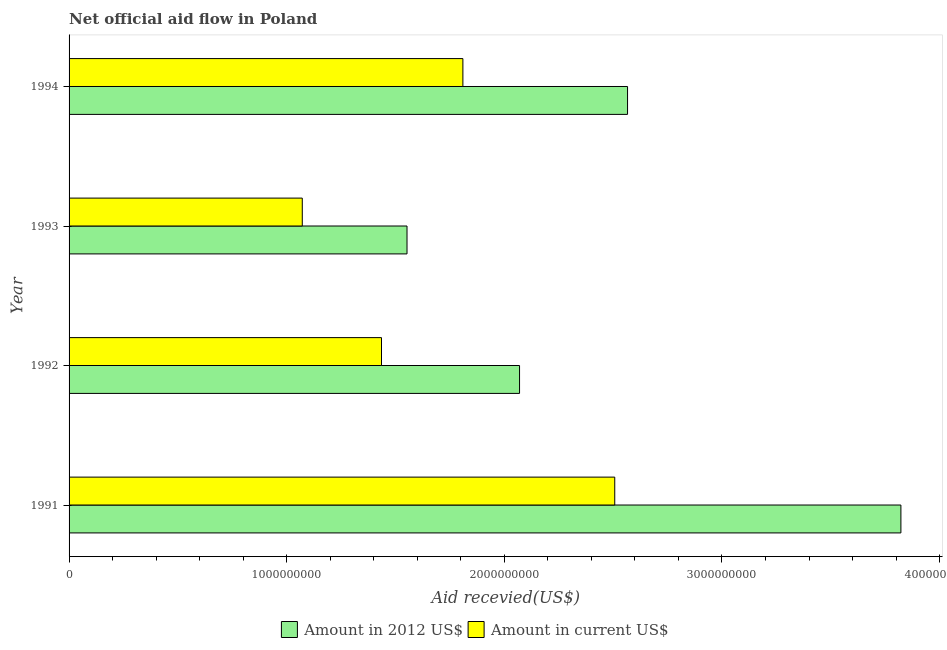
| Year | Amount in 2012 US$ | Amount in current US$ |
 | --- | --- | --- |
 | 1991 | 3.82e+09 | 2.51e+09 |
 | 1992 | 2.07e+09 | 1.44e+09 |
 | 1993 | 1.55e+09 | 1.07e+09 |
 | 1994 | 2.57e+09 | 1.81e+09 |